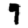
Digit: 9